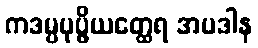
ကဒမ္ပပုပ္ဖိယတ္ထေရ အပဒါန